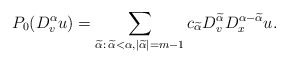
\begin{align*} P_0 (D_{v}^{\alpha} u) = \sum_{ \widetilde \alpha: \, \widetilde \alpha < \alpha, |\widetilde \alpha| = m - 1 } c_{\widetilde \alpha} D^{\widetilde \alpha}_v D^{\alpha - \widetilde \alpha}_{x} u.\end{align*}